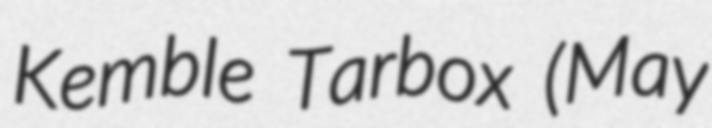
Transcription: Kemble Tarbox (May